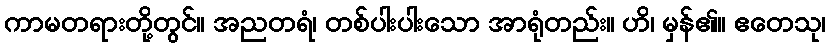
ကာမတရားတို့တွင်။ အညတရံ၊ တစ်ပါးပါးသော အာရုံတည်း။ ဟိ၊ မှန်၏။ ဧတေသု၊